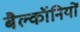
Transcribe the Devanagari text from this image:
बैल्कॉनियों